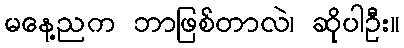
မနေ့ညက ဘာဖြစ်တာလဲ၊ ဆိုပါဦး။